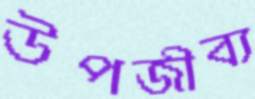
উপজীব্য